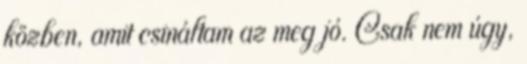
közben, amit csináltam az meg jó. Csak nem úgy,